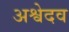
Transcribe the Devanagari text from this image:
अश्वेदव